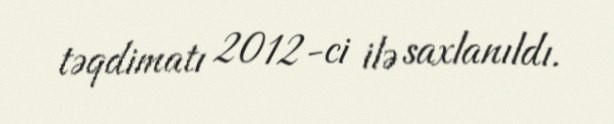
təqdimatı 2012-ci ilə saxlanıldı.